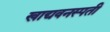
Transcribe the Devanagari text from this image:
खाद्यवनस्पती